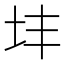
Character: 𪢽